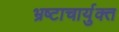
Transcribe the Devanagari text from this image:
भ्रष्टाचार्युक्त